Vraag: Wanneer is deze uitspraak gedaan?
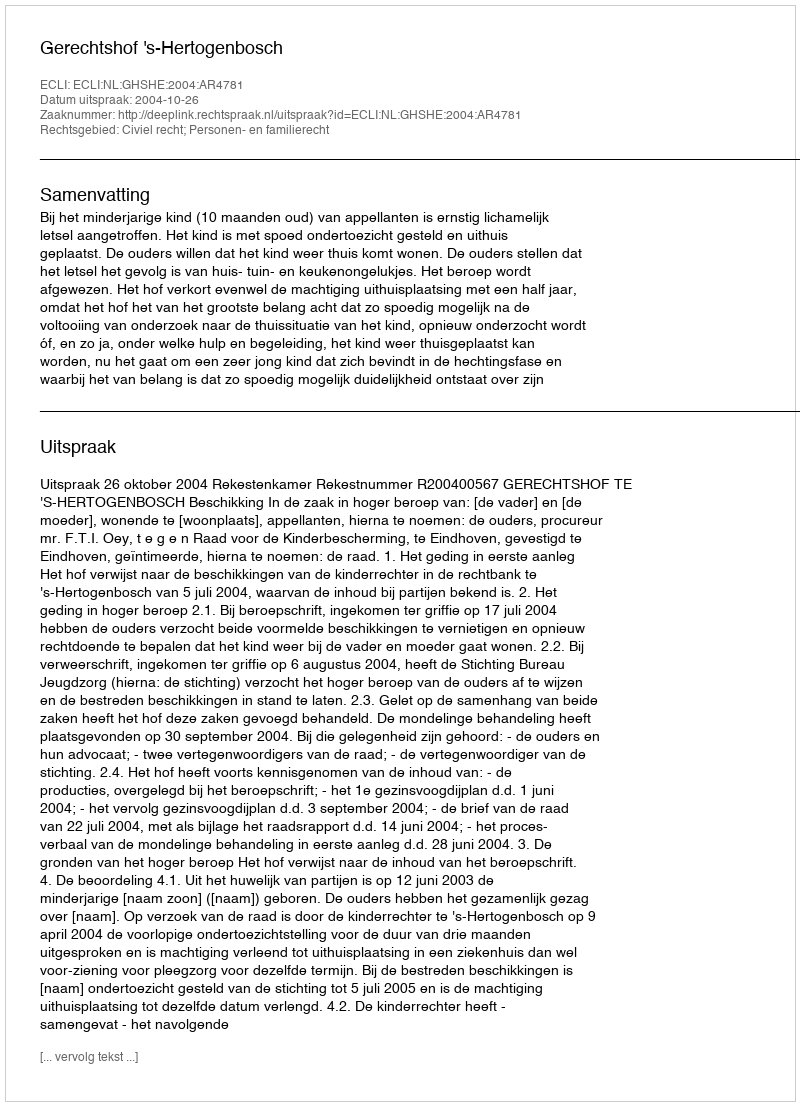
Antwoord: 2004-10-26